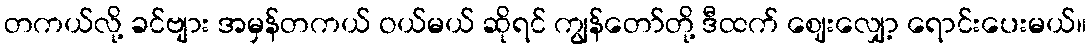
တကယ်လို့ ခင်ဗျား အမှန်တကယ် ဝယ်မယ် ဆိုရင် ကျွန်တော်တို့ ဒီထက် ဈေးလျှော့ ရောင်းပေးမယ်။